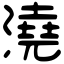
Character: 澆